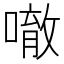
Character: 𠾀